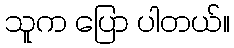
သူက ပြော ပါတယ်။